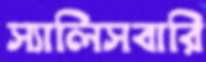
স্যালিসবারি